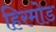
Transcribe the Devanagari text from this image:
हिरमोड